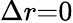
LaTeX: \Delta{r}{=}0